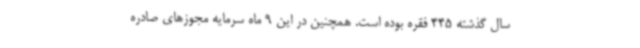
سال گذشته 445 فقره بوده است. همچنین در این 9 ماه سرمایه مجوزهای صادره